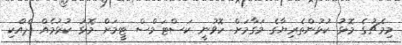
މިމެޗުގެ މޮޅު ކުޅުންތެރިޔާގެ މަގާމަށް ހޮވުނީ ކަސްޓަމްސް ޓީމަށް މޮޅު ކުޅުމެއް ދެއްކި